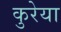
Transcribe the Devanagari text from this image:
कुरेया